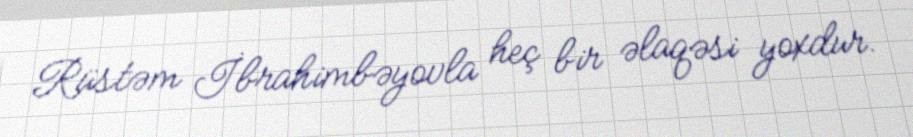
Rüstəm İbrahimbəyovla heç bir əlaqəsi yoxdur.